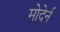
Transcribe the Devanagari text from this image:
मोदेर्न